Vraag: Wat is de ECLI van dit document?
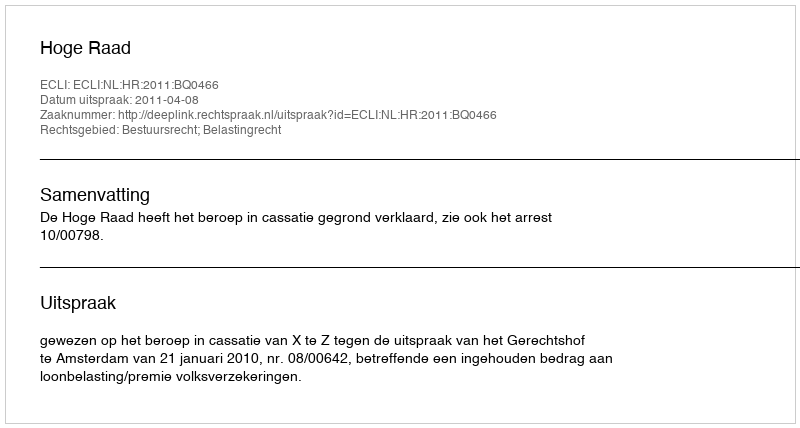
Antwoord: ECLI:NL:HR:2011:BQ0466